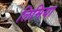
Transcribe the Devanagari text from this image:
लिमिया